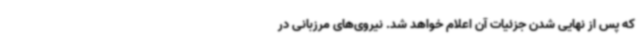
که پس از نهایی شدن جزئیات آن اعلام خواهد شد. نیروی‌های مرزبانی در